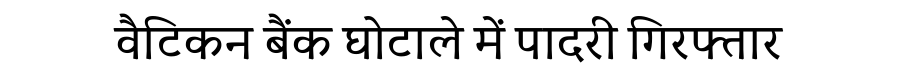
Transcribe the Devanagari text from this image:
वैटिकन बैंक घोटाले में पादरी गिरफ्तार